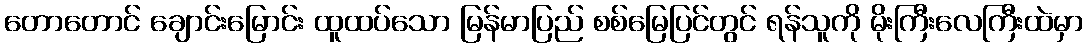
တောတောင် ချောင်းမြောင်း ထူထပ်သော မြန်မာပြည် စစ်မြေပြင်တွင် ရန်သူကို မိုးကြီးလေကြီးထဲမှာ